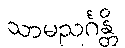
သာမညင်္ဂန္တိ